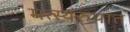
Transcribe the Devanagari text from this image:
मत्स्यरुपात